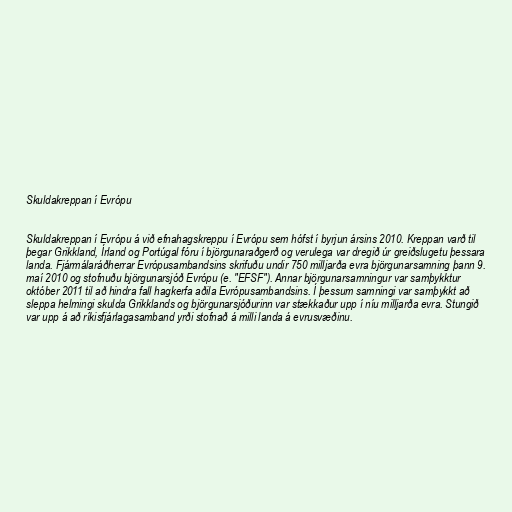
Skuldakreppan í Evrópu

Skuldakreppan í Evrópu á við efnahagskreppu í Evrópu sem hófst í byrjun ársins 2010. Kreppan varð til
þegar Grikkland, Írland og Portúgal fóru í björgunaraðgerð og verulega var dregið úr greiðslugetu þessara
landa. Fjármálaráðherrar Evrópusambandsins skrifuðu undir 750 milljarða evra björgunarsamning þann 9.
maí 2010 og stofnuðu björgunarsjóð Evrópu (e. "EFSF"). Annar björgunarsamningur var samþykktur
október 2011 til að hindra fall hagkerfa aðila Evrópusambandsins. Í þessum samningi var samþykkt að
sleppa helmingi skulda Grikklands og björgunarsjóðurinn var stækkaður upp í níu milljarða evra. Stungið
var upp á að ríkisfjárlagasamband yrði stofnað á milli landa á evrusvæðinu.